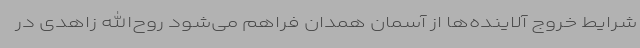
شرایط خروج آلاینده‌ها از آسمان همدان فراهم می‌شود روح‌الله زاهدی در